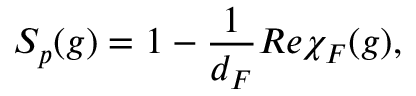
{ \cal S } _ { p } ( g ) = 1 - \frac { 1 } { d _ { F } } R e \chi _ { F } ( g ) ,